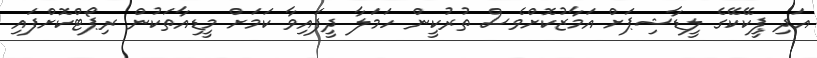
އަދި ޕީކޭކޭގެ ލީޑާޝިޕަށް އަމާޒުކޮށްވެސް ތުރުކީން ހަމަލާ ދީފައިވާ ކަމަށް މީޑިއާތަކުން ރިޕޯޓްކޮށްފައި